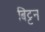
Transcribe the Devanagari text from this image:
बिट्टन